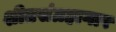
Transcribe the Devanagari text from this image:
शीतसंग्रहागार